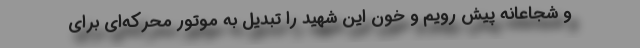
و شجاعانه پیش رویم و خون این شهید را تبدیل به موتور محرکه‌ای برای